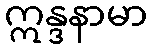
ဣန္ဒနာမာ